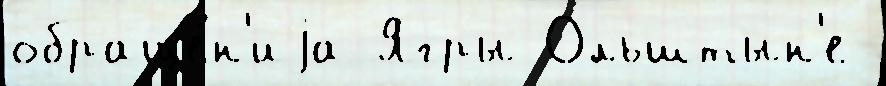
обраще́н'иjа Ягры Ольштын'е